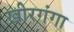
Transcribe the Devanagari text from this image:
खीरगंगा